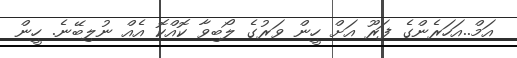
އަމް..އަހަރެންގެ ފަރޫ އަށް ހީން ވަރުގެ ލޯބިވާ ކޮއްކޮ އެއް ނުލިބޭނެ. ހީން